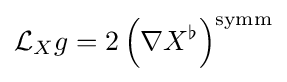
{\mathcal {L}}_{X}g=2\left(\nabla X^{\flat }\right)^{\mathrm {symm} }